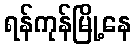
ရန်ကုန်မြို့နေ